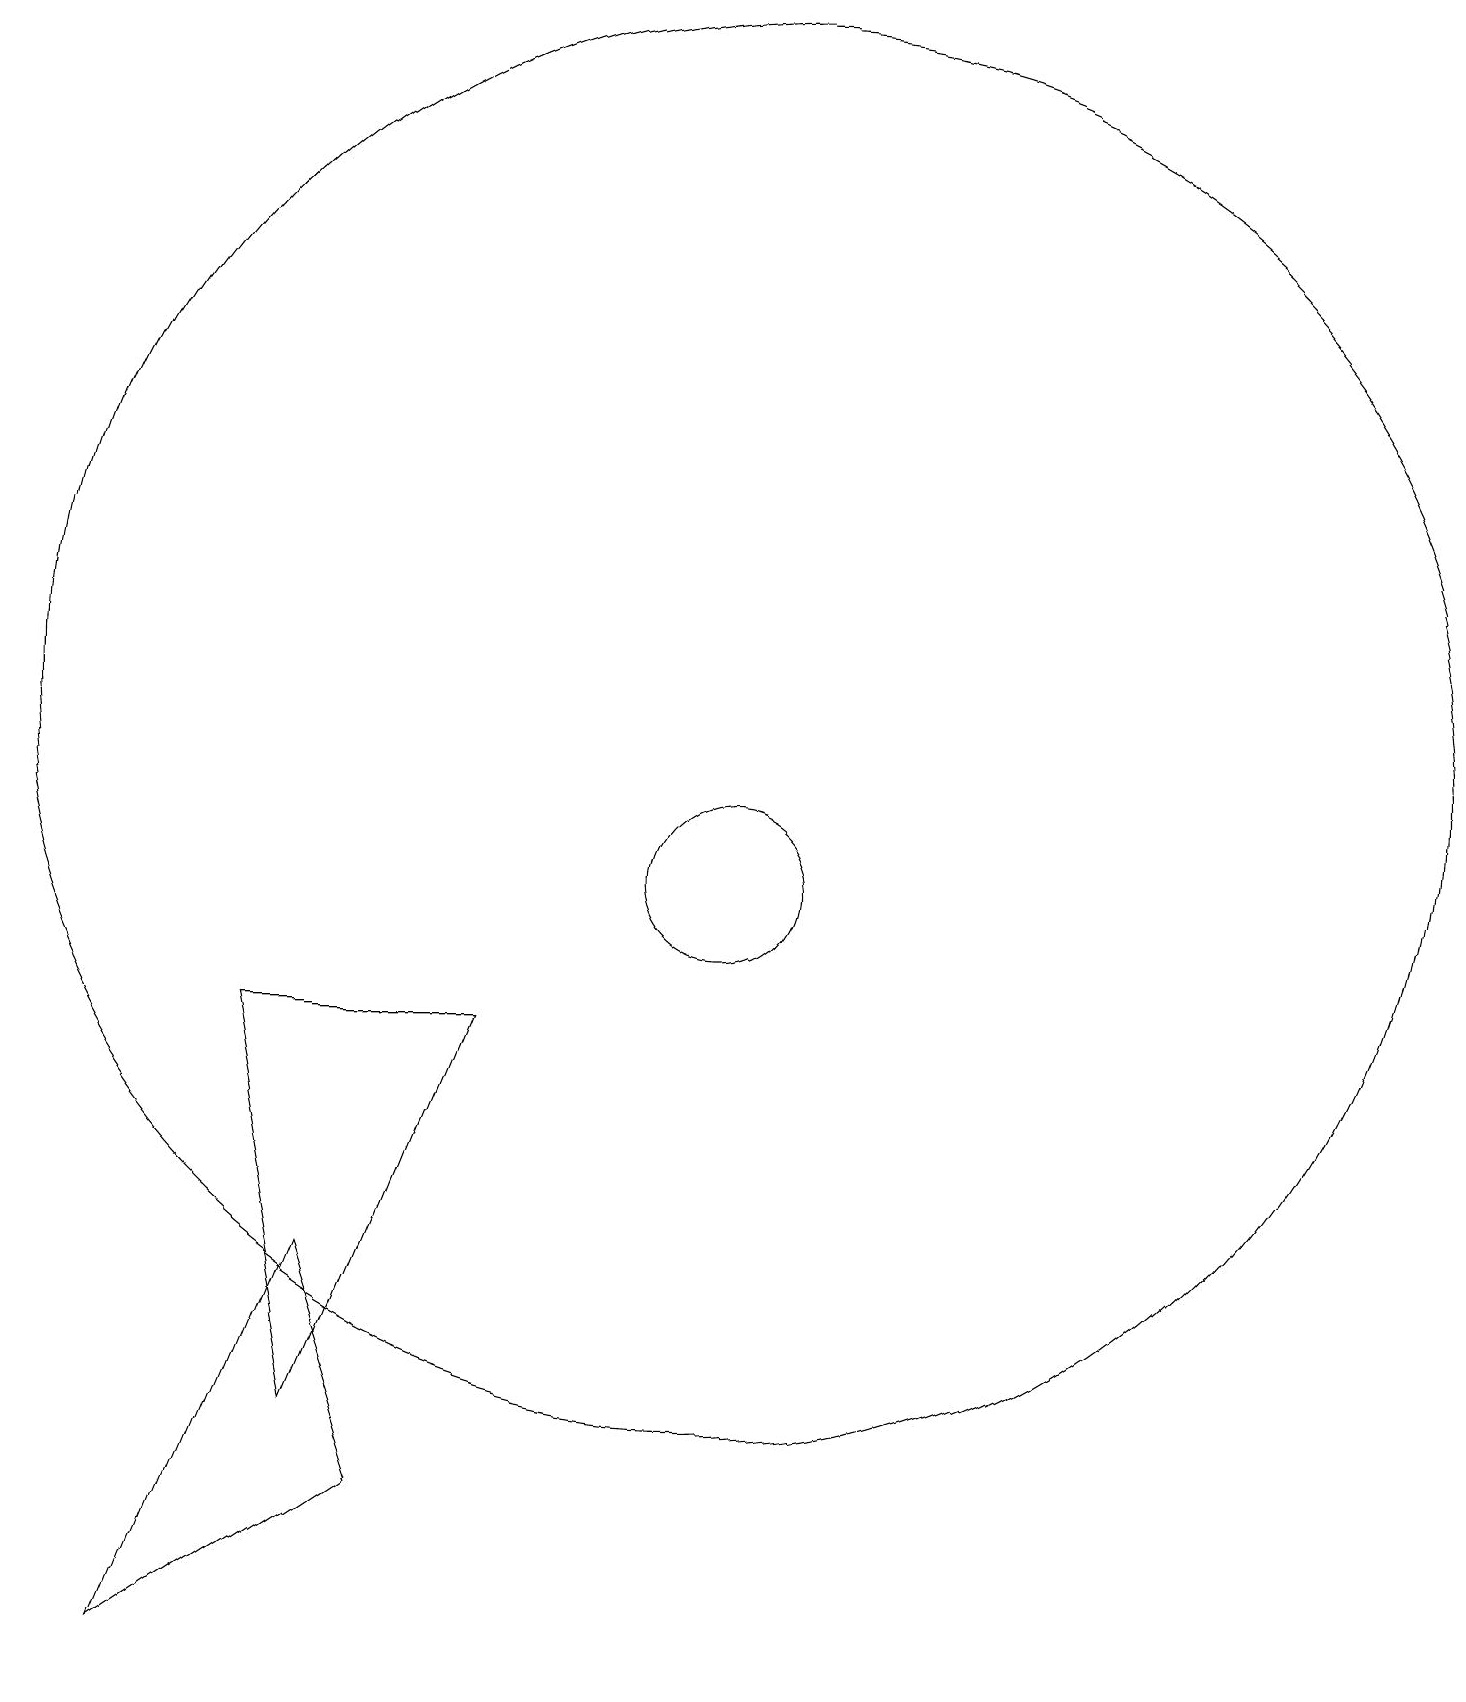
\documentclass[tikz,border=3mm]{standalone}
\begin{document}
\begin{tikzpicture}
\draw (5,8) -- (6,3) -- (8,8) -- cycle;
\draw (11,12) circle (9);
\draw (6,5) -- (4,0) -- (7,2) -- cycle;
\draw (11,10) circle (1);
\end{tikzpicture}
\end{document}